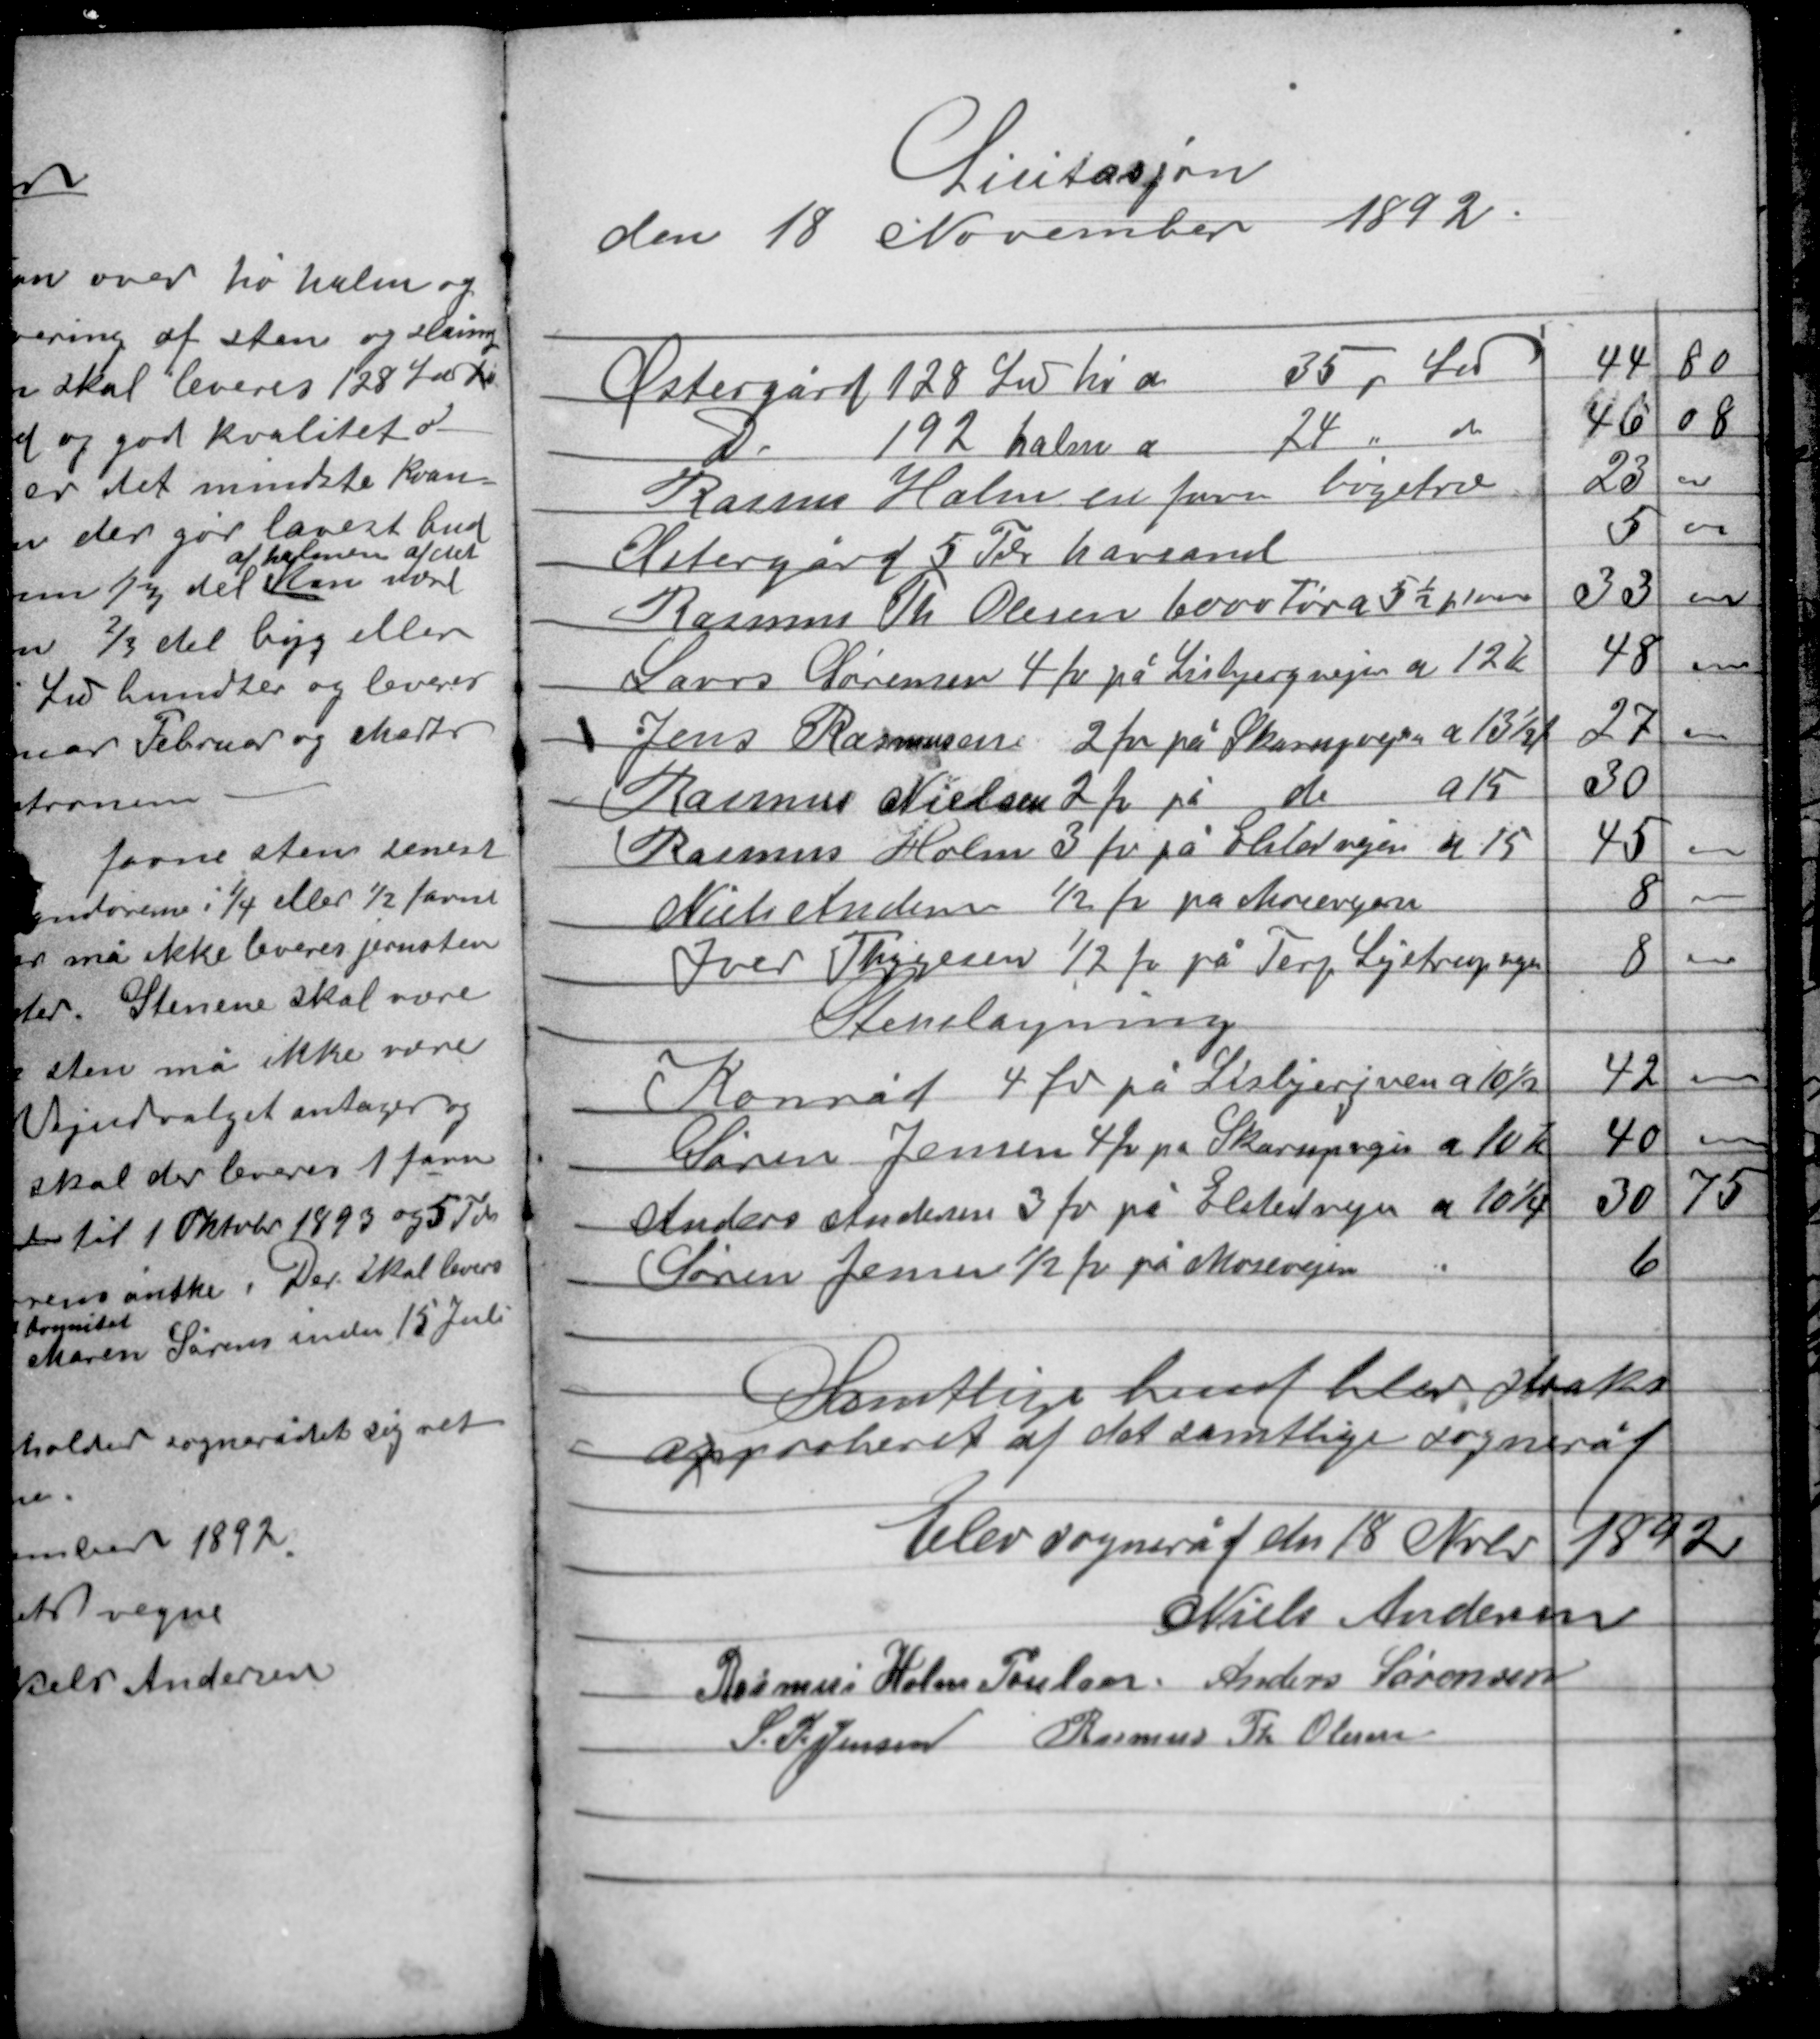
Transskription:
Licitasjon
den 18 November
1892

Samtlige bud blev straks
approberet af det samtlige sogneråd

Elev sogneråd den 18 Nobr
1892
Niels Andersen
Rasmus Holm Poulsen Anders Sørensen
S. P. Jensen Rasmus Th. Olesen